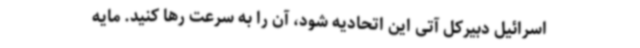
اسرائیل دبیرکل آتی این اتحادیه شود، آن را به سرعت رها کنید. مایه